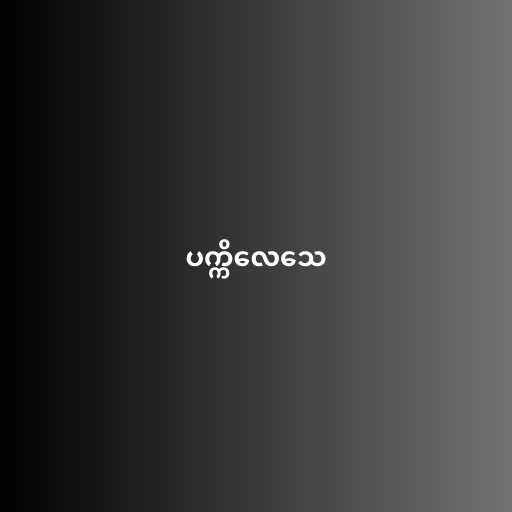
ပက္ကိလေသေ